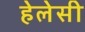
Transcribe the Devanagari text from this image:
हेलेसी